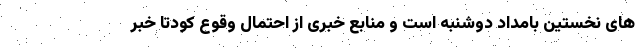
های نخستین بامداد دوشنبه است و منابع خبری از احتمال وقوع کودتا خبر